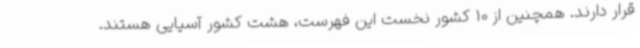
قرار دارند. همچنین از 10 کشور نخست این فهرست، هشت کشور آسیایی هستند.